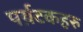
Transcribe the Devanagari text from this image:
पर्य़टकहरु